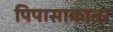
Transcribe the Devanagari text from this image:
पिपासाकातर